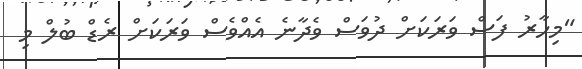
"މިހާރު ފަސް ވަރަކަށް ދުވަސް ވެދާނެ އެއްވެސް ވަރަކަށް ރެޑް ބުލް މި